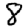
Digit: 8